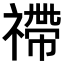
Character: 𥛣